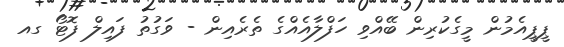
ޕީޕީއެމުން މީގެކުރިން ބޭއްވި ހަފްލާއެއްގެ ތެރެއިން - ވަގުތު ފައިލް ފޮޓޯ ގއ